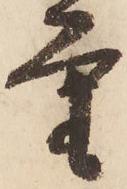
重